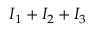
I _ { 1 } + I _ { 2 } + I _ { 3 }